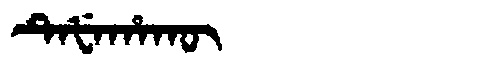
Manchu: ᡨᡝᡶᡝᡥᠠᡴᡡ
Romanization: TEFEHAKŪ